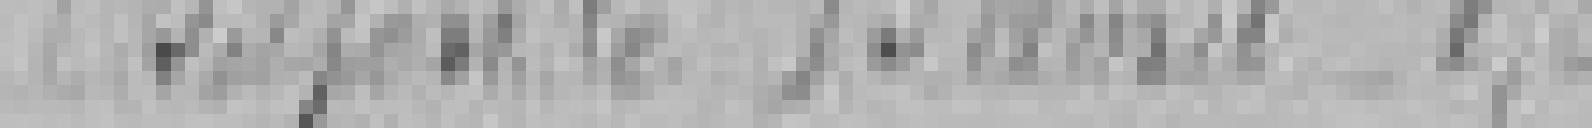
Belfort le 13 avril 1875